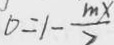
0 = 1 - \frac { m x } { 2 }